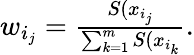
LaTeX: \begin{array}{r}{w_{i_{j}}=\frac{S(x_{i_{j}}}{\sum_{k=1}^{m}S(x_{i_{k}}}.}\end{array}